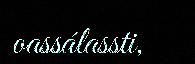
oassálassti,